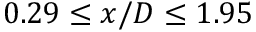
0 . 2 9 \leq x / D \leq 1 . 9 5